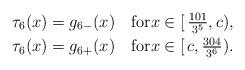
LaTeX: \begin{align*}\tau_6(x) &= g_{6-}(x) \quad\hbox{for}x\in[\,\tfrac{101}{3^5}, c),\\ \tau_6(x) &= g_{6+}(x) \quad\hbox{for}x\in[\, c,\tfrac{304}{3^6}).\end{align*}